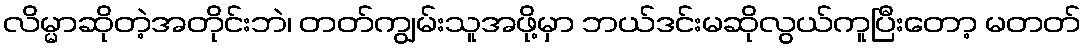
လိမ္မာဆိုတဲ့အတိုင်းဘဲ၊ တတ်ကျွမ်းသူအဖို့မှာ ဘယ်ဒင်းမဆိုလွယ်ကူပြီးတော့ မတတ်